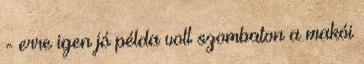
- erre igen jó példa volt szombaton a makói